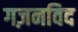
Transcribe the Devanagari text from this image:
गज़नविद